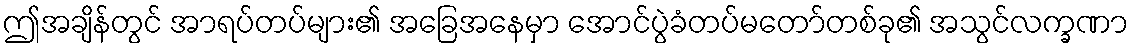
ဤအချိန်တွင် အာရပ်တပ်များ၏ အခြေအနေမှာ အောင်ပွဲခံတပ်မတော်တစ်ခု၏ အသွင်လက္ခဏာ